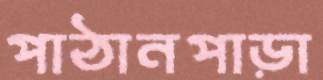
পাঠানপাড়া